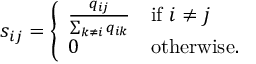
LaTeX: s _ { i j } = { \left\{ \begin{array} { l l } { { \frac { q _ { i j } } { \sum _ { k \neq i } q _ { i k } } } } & { { \mathrm { i f ~ } } i \neq j } \\ { 0 } & { { \mathrm { o t h e r w i s e } } . } \end{array} \right. }